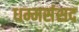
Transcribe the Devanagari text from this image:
धम्मसंसद